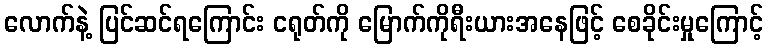
လောက်နဲ့ ပြင်ဆင်ရကြောင်း ငရုတ်ကို မြောက်ကိုရီးယားအနေဖြင့် စေခိုင်းမှုကြောင့်